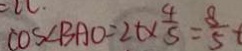
\cos \angle B A O = 2 t \times \frac { 4 } { 5 } = \frac { 8 } { 5 } t